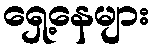
ရှေ့နေများ